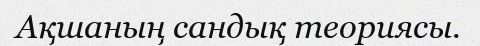
Ақшаның сандық теориясы.